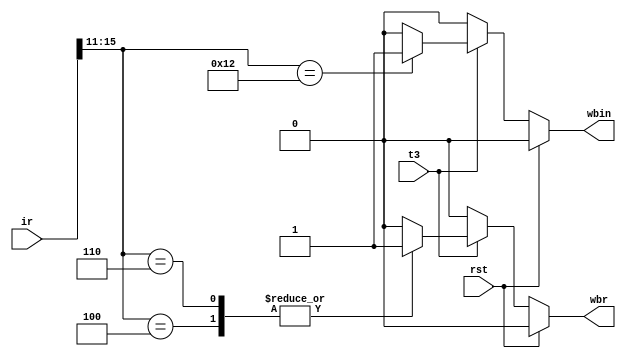
`timescale 1ns / 1ps
//////////////////////////////////////////////////////////////////////////////////
// Company: 
// Engineer: 
// 
// Design Name: 
// Module Name:    WB 
// Project Name: 
// Target Devices: 
// Tool versions: 
// Description: 
//
// Dependencies: 
//
// Revision: 
// Revision 0.01 - File Created
// Additional Comments: 
//
//////////////////////////////////////////////////////////////////////////////////
module WB(t3,rst,wbin,wbr,ir
    );
input t3,rst;
input [15:0] ir;
output wbin,wbr;
reg wbin,wbr;


always @(t3,rst,ir)
begin
if(rst) begin  wbin<=1'b0;wbr<=1'b0; end
else if(t3) begin
	case (ir[15:11])
	5'b00110,5'b00100: begin wbr<=1;wbin<=0;end
	5'b10010: begin wbr<=0;wbin<=1;end
	default: begin wbr<=0;wbin<=0;end
	endcase
	end
else begin  wbin<=1'b0;wbr<=1'b0; end
end


endmodule